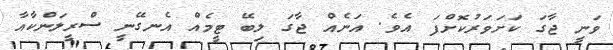
ވަނީ ޖާގަ ކަށަވަރުކޮށްފަ އެވެ. އަނެއް ޖާގަ ލިބޭ ޓީމެއް އެނގޭނީ ސްރީލަންކާއާ